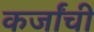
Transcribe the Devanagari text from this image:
कर्जांची